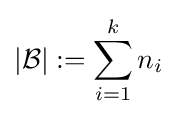
|{\mathcal {B}}|:=\sum \limits _{i=1}^{k}n_{i}